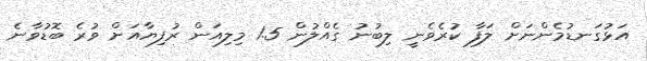
އަޅުގަނޑުމެންނަށް ލަފާ ކުރެވެނީ ލިބުނު ގެއްލުން 1.5 މިލިއަން ރުފިޔާއަށް ވުރެ ބޮޑުވާނެ